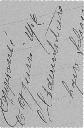
approuvé le 9 juin 1906 l'Administrateur signé Schmitt